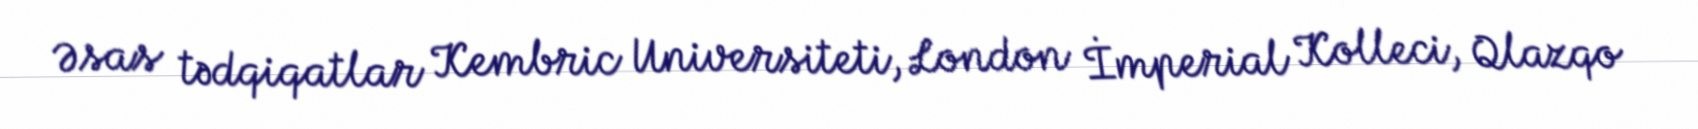
Əsas tədqiqatlar Kembric Universiteti, London İmperial Kolleci, Qlazqo